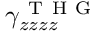
\gamma _ { z z z z } ^ { \mathrm { ~ T ~ H ~ G ~ } }